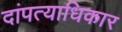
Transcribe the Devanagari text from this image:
दांपत्याधिकार